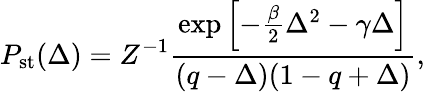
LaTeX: P_{\mathrm{st}}(\Delta)=Z^{-1}\frac{\mathrm{exp}\left[-\frac{\beta}{2}\Delta^{2}-\gamma\Delta\right]}{(q-\Delta)(1-q+\Delta)},